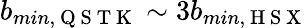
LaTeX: b_{min,\mathrm{~Q~S~T~K~}}\sim 3b_{min,\mathrm{~H~S~X~}}